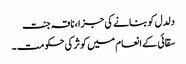
دلدل کو بنانے کی جزا، ناقہ جنت
سقائی کے انعام میں کوثر کی حکومت ۔